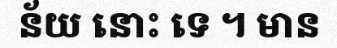
ន័យ នោះ ទេ ។ មាន